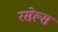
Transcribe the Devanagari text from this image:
रसेल्स